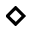
\diamond